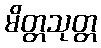
မိတ္တသုတ္တ